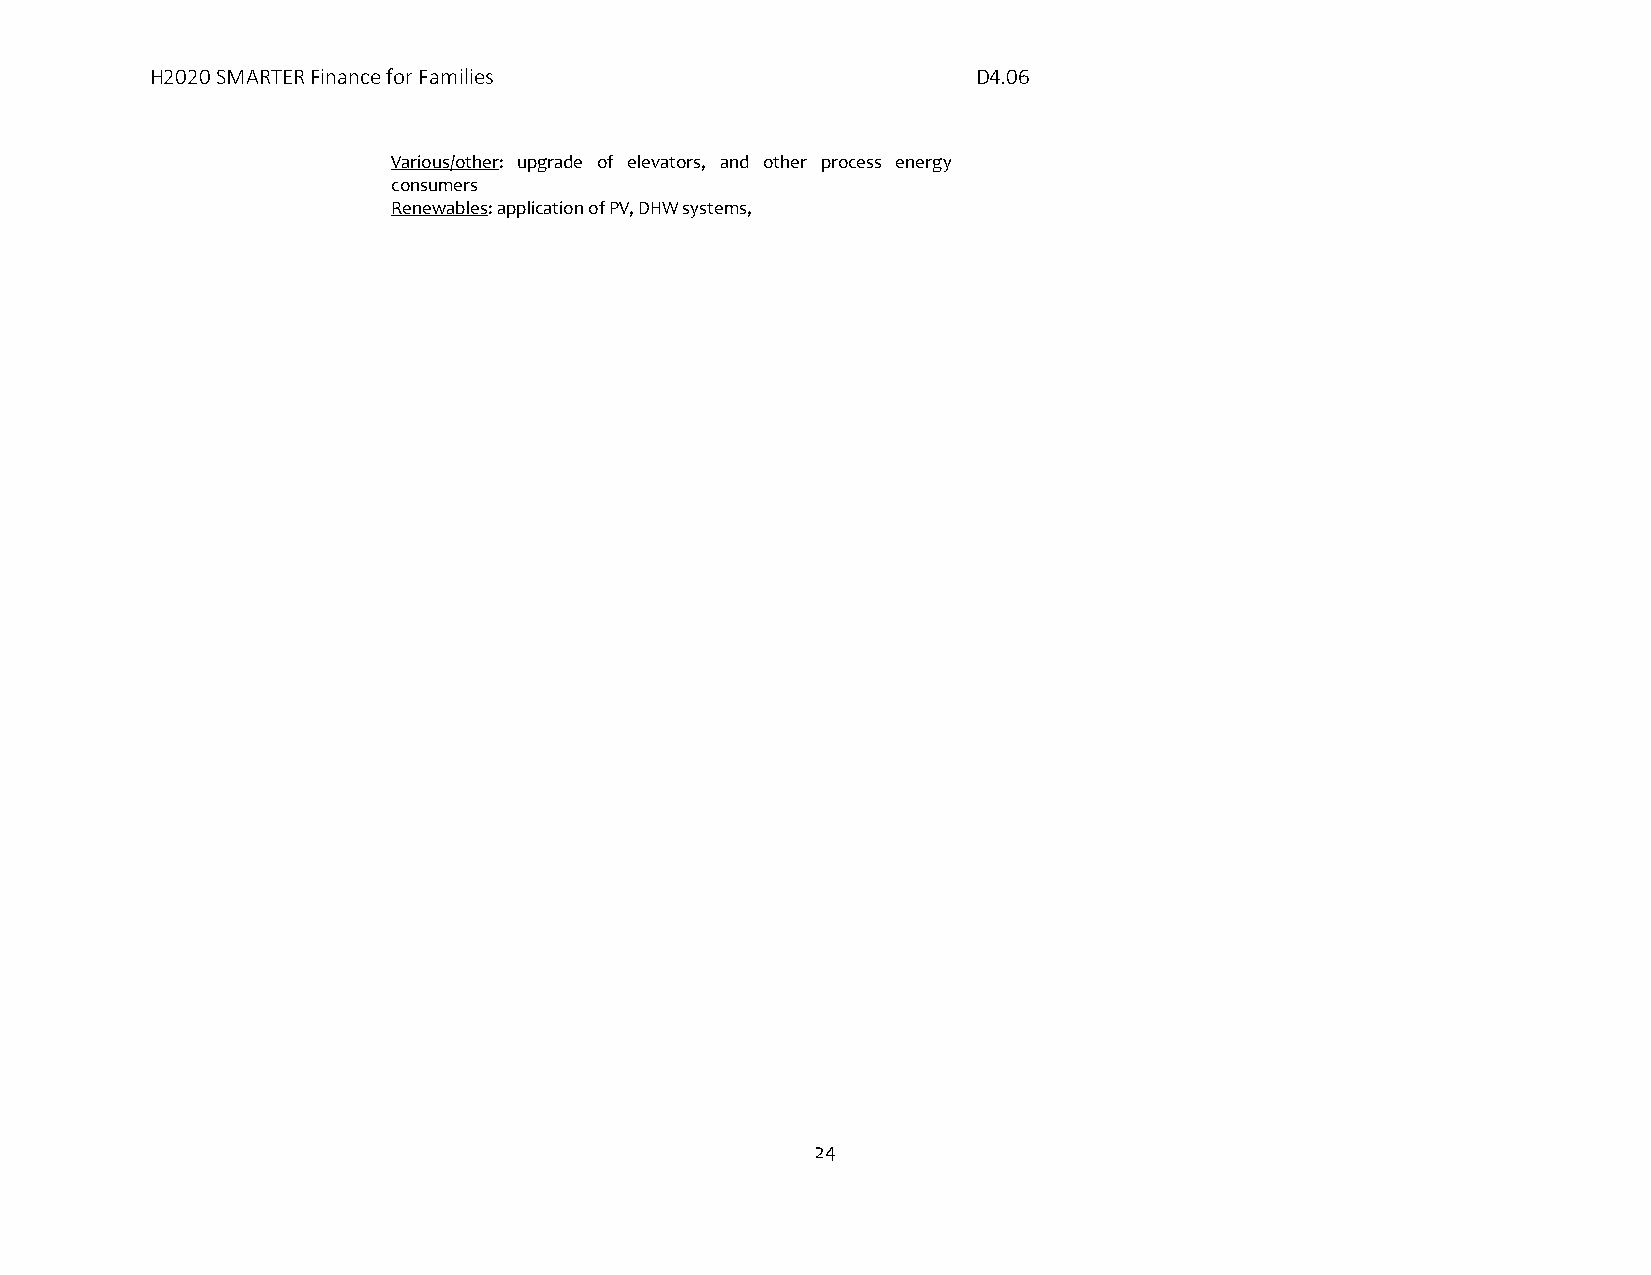
H2020 SMARTER Finance for Families                     D4.06
 Various/other: upgrade of elevators, and other process energy
 consumers
 Renewables: application of PV, DHW systems,
 24